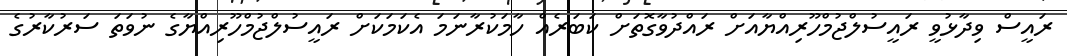
ރައީސް ވިދާޅުވީ ރައީސުލްޖުމްހޫރިއްޔާއަށް ރައްދުވާގޮތަށް ކަބަރެއް ހާމަކުރާނަމަ އެކަމަކަށް ރައީސުލްޖުމްހޫރިއްޔާގެ ނުވަތަ ސަރުކާރުގެ